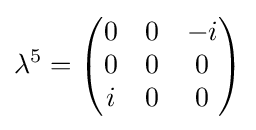
\lambda ^{5}={\begin{pmatrix}0&0&-i\\0&0&0\\i&0&0\end{pmatrix}}